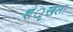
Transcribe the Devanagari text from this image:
शंृखला